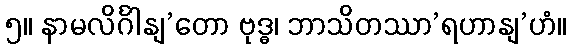
၅။ နာမလိင်္ဂါနျ’တော ဗုဒ္ဓ၊ ဘာသိတဿာ’ရဟာနျ’ဟံ။